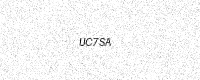
Text: UC7SA